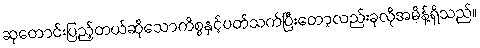
ဆုတောင်းပြည့်တယ်ဆိုသောကိစ္စနှင့်ပတ်သက်ပြီးတော့လည်းခုလိုအမိန့်ရှိသည်။